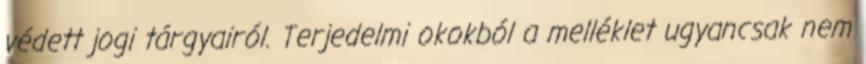
védett jogi tárgyairól. Terjedelmi okokból a melléklet ugyancsak nem